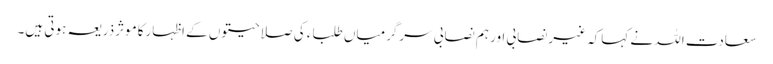
سعادت اللہ نے کہاکہ غیرنصابی اور ہم نصابی سرگرمیاں طلباء کی صلاحیتوں کے اظہارکاموثرذریعہ ہوتی ہیں۔